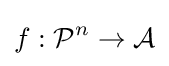
f:{\mathcal {P}}^{n}\to {\mathcal {A}}